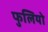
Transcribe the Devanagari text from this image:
फुलियो